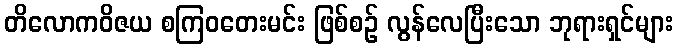
တိလောကဝိဇယ စကြဝတေးမင်း ဖြစ်စဉ် လွန်လေပြီးသော ဘုရားရှင်များ